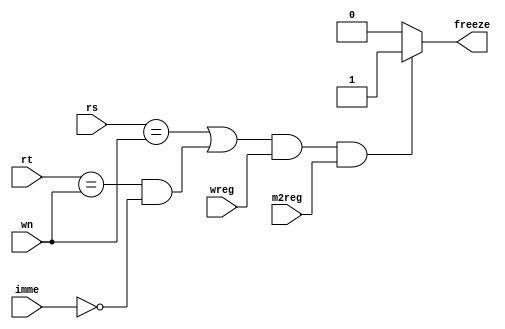
module bubblecontrol (rs,rt,wn,wreg,m2reg,imme,freeze);

   input [4:0] rs,rt,wn;
   input wreg, m2reg,imme;
   output freeze;
   reg freeze;
   always @(*)
   begin
     if((rs==wn || rt==wn && ~imme )&& wreg && m2reg)
        begin
        freeze = 1;
        end else begin
          freeze = 0;
        end
   end
   
endmodule